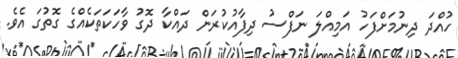
ހުއްދަ ދިނުމަށްފަހު އަމިއްލަ ނަފްސު ދިފާއުކުރަން ދައްކާ ދޮގު ވާހަކަތަކެއްގެ ގޮތުގަ އެވެ.